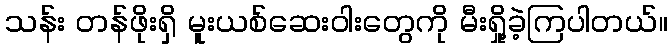
သန်း တန်ဖိုးရှိ မူးယစ်ဆေးဝါးတွေကို မီးရှို့ခဲ့ကြပါတယ်။